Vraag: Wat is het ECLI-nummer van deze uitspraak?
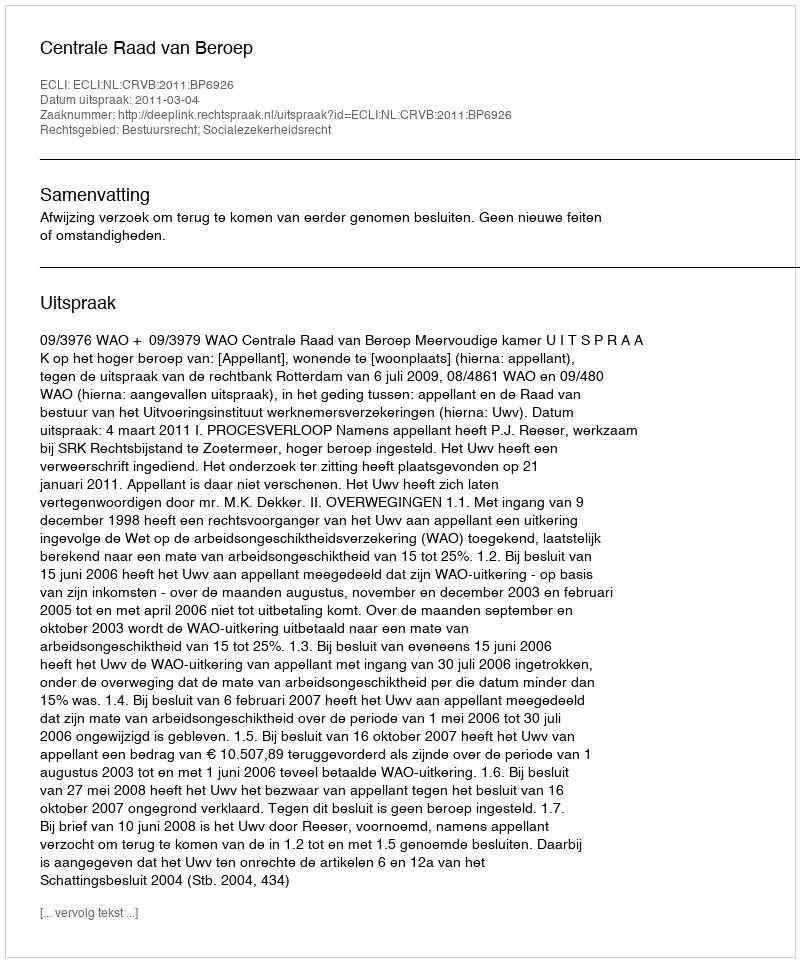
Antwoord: ECLI:NL:CRVB:2011:BP6926